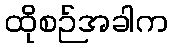
ထိုစဉ်အခါက